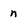
Character: n